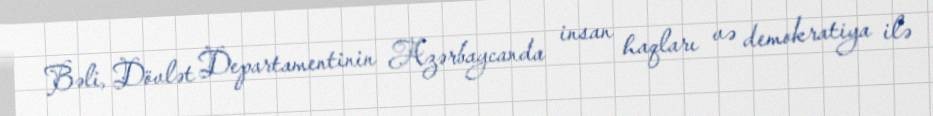
Bəli, Dövlət Departamentinin Azərbaycanda insan haqları və demokratiya ilə